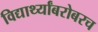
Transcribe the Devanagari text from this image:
विद्यार्थ्यांबरोबरच